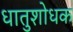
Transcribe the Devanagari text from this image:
धातुशोधक